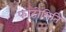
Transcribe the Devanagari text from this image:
फोटोमिति